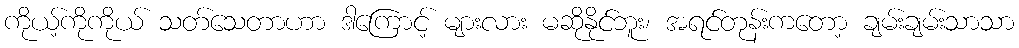
ကိုယ့်ကိုကိုယ် သတ်သေတာဟာ ဒါကြောင့် များလား မဆိုနိုင်ဘူး၊ အရင်တုန်းကတော့ ချမ်းချမ်းသာသာ